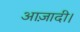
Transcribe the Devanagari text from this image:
आज़ादी।